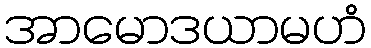
အာမောဒယာမဟံ